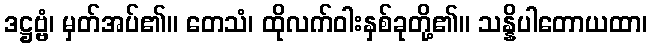
ဒဋ္ဌဗ္ဗံ၊ မှတ်အပ်၏။ တေသံ၊ ထိုလက်ဝါးနှစ်ခုတို့၏။ သန္နိပါတောယထာ၊